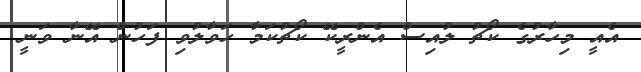
އެއީ މިހާރުގެ ކޯޗު ލުއިސް އެންރީކޭ ކޯޗުކަމާ ހަވާލުވި ފަހުން އޭނާ ވަނީ